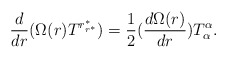
\begin{align*}\frac{d}{dr}(\Omega(r)T^{r^{\ast}_{r^{\ast}}})= \frac{1}{2}(\frac{d\Omega(r)}{dr})T^{\alpha}_{\alpha}.\end{align*}